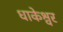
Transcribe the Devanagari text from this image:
धाकेश्वर